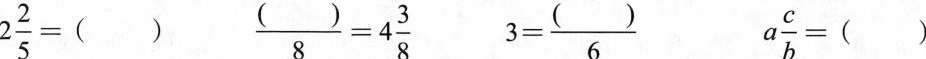
$$2 \frac{2}{5} = ()$$ $$\frac{()}{8} = 4 \frac{3}{8}$$ $$3 = \frac{()}{6}$$ $$a \frac{c}{b} = ()$$